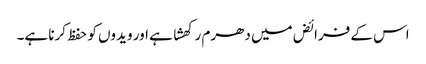
اس کے فرائض میں دھرم رکھشا ہے اور ویدوں کو حفظ کرنا ہے۔